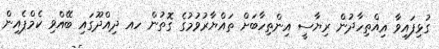
ގުޅިފައިވާ އިއްތިހާދުން ރިޔާސީ އިންތިހާބަށް ތައްޔާރުވުމުގެ ގޮތުން ހއ ދިއްދޫގައި ބޭއްވި ކެމްޕެއިން